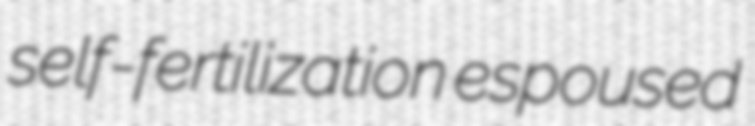
self-fertilization espoused